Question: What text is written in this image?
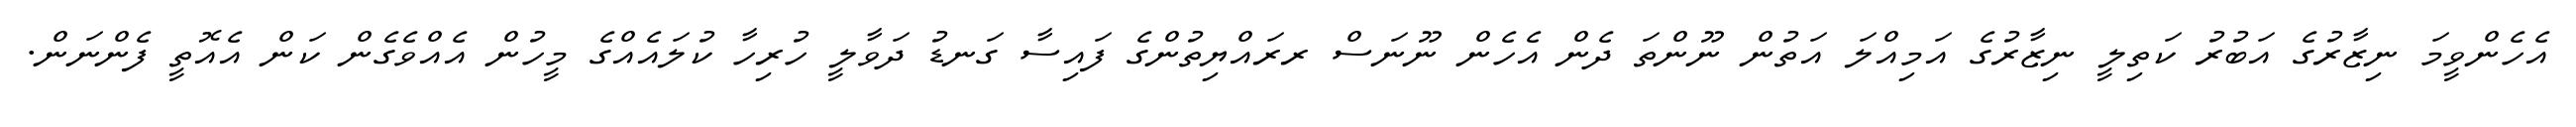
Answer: އެހެންވީމަ ނިޒާރުގެ އަބުރު ކަތިލީ ނިޒާރުގެ އަމިއްލަ އަތުން ނޫންތަ ދެން އެހެން ނޫނަސް ރރައްޔިތުންގެ ފައިސާ ގަނޑު ދަވާލީ ހުރިހާ ކުލައެއްގެ މީހުން އެއްވެގެން ކަން އެއޮތީ ފެންނަން.